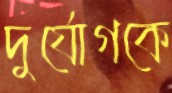
দুর্যোগকে